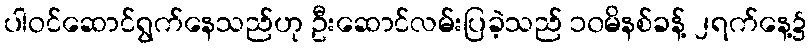
ပါဝင်ဆောင်ရွက်နေသည်ဟု ဦးဆောင်လမ်းပြခဲ့သည် ၁၀မိနစ်ခန့် ၂ရက်နေ့၌